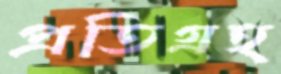
প্রতিগ্রহ